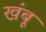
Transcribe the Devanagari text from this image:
खंबू